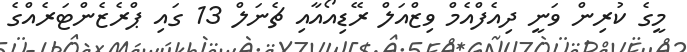
މީގެ ކުރިން ވަނީ ދިއެފްއެމް ވިޒްއަލް ރޭޑިއޯއާއި ޗެނަލް 13 ގައި ޕްރެޒެންޓަރެއްގެ